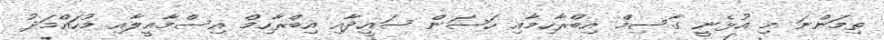
ތިމަންނަ މި އުޅެނީ ގާސިމް އިބްރާހިމާއި ހަސަން ސައީދާއި އިބްރާހިމް އިސްމާއީލާއި މުހައްމަދު